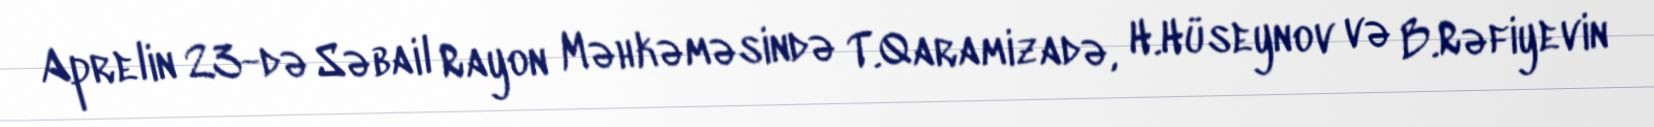
Aprelin 23-də Səbail Rayon Məhkəməsində T.Qaramizadə, H.Hüseynov və B.Rəfiyevin